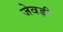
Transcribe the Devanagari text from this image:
जेवड़ी